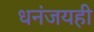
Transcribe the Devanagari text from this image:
धनंजयही